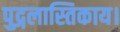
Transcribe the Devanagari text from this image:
पुद्गलास्तिकाय।